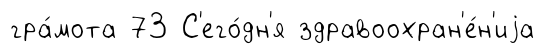
гра́мота 73 С'его́дн'я здравоохран'е́н'иjа